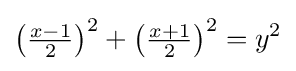
\left({\tfrac {x-1}{2}}\right)^{2}+\left({\tfrac {x+1}{2}}\right)^{2}=y^{2}